Medical and sanitary report of the native army of Bengal for the year
Year: 1875
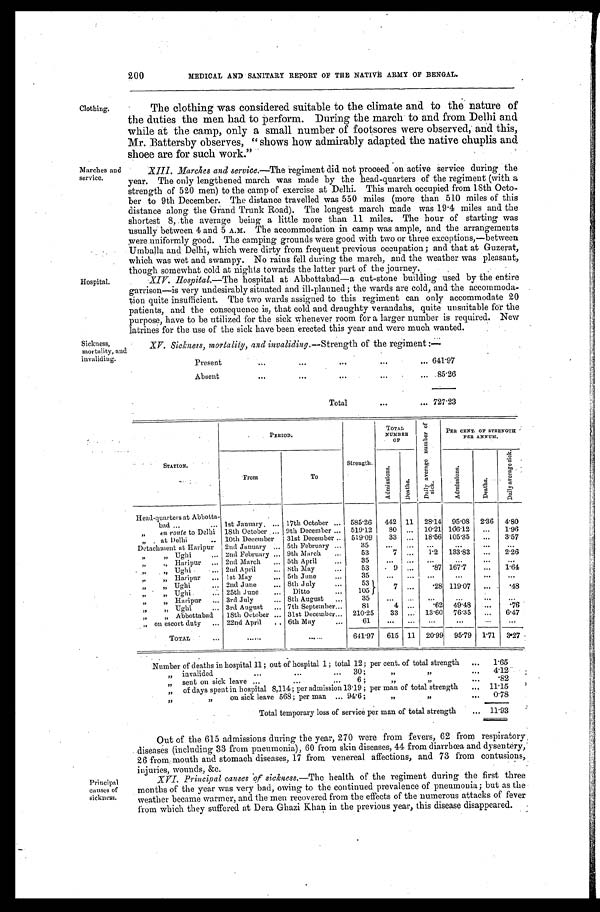
XV. Sickness, mortality, and invaliding.—Strength of the regiment:—
Present
641.97
Absent
85.26
Total
727.23
Sickness,
mortality, and
invaliding.
200
MEDICAL AND SANITARY REPORT OF THE NATIVE ARMY OF BENGAL.
Clothing.
Marches and
service.
Hospital
The clothing was considered suitable to the climate and to the nature of
the duties the men had to perform. During the march to and from Delhi and
while at the camp, only a small number of footsores were observed, and this,
Mr. Battersby observes, "shows how admirably adapted the native chuplis and
shoee are for such work."
X I I I . M a r c h e s a n d s e r v i c e .—
T h e r e g i m e n t d i d n o t p r o c e e d o n a c t i v e s e r v i c e d u r i n g t h e
year. The only lengthened march was made by the head-quarters of the regiment (with a
strength of 520 men) to the camp of exercise at Delhi. This march occupied from 18th Octo-
ber to 9th December. The distance travelled was 550 miles (more than 510 miles of this
distance along the Grand Trunk Road). The longest march made was 19.4 miles and the
shortest 8, the average being a little more than 11 miles. The hour of starting was
usually between 4 and 5 A.M. The accommodation in camp was ample, and the arrangements
were uniformly good. The camping grounds were good with two or three exceptions,—between
Umballa and Delhi, which were dirty from frequent previous occupation; and that at Guzerat,
which was wet and swampy. No rains fell during the march, and the weather was pleasant,
though somewhat cold at nights towards the latter part of the journey.
XIV. Hospi t al .— T h e h o s p i t a l a t A b b o t t a b a d — a c u t - s t o n e b u i l d i n g u s e d b y t h e e n t i r e
garrison—is very undesirably situated and ill-planned; the wards are cold, and the accommoda-
tion quite insufficient. The two wards assigned to this regiment can only accommodate 20
patients, and the consequence is, that cold and draughty verandahs, quite unsuitable for the
purpose, have to be utilized for the sick whenever room for a larger number is required. New
latrines for the use of the sick have been erected this year and were much wanted.
Principal
causes of
sickness.
.
STATION.
PERIOD.
Strength.
TOTAL
NUMBER
OF
D a i l y a v e r a g e n u m b e r s i c k .
PER CENT. OF STRENGTH
PER ANNUM.
From
To
A d m i s s i o n s .
D e a t h s .
A d m i s s i o n s .
Deat hs.
D a i l y a v e r a g e s i c k .
Head-quarters at Abbotta-
bad
1st January
17th October
585.26 442 11 28.14
9 5 . 0 8 2.36 4.80
" en route to Delhi 18th October
9th December
519.12
8 0 . . . 10.21
106.12 ...
1.96
" a t D e l h i 10th December 31st December
519.09
33
. . . 18.56 105.35
...
3.57
Detachment at Haripur 2nd January
5th February
35
. . .
. . .
. . .
. . .
. . .
. . .
" " Ughi
2nd February
9th March
53
7
. . .
1.2 133.83 ...
2.26
" " Haripur
2nd March
5th April
35
...
... ...
...
...
...
" " Ughi
2nd April
8th May
53
9 ...
. 8 7 167.7
...
1.64
" " Haripur
1st May
5th June
35
...
... ...
...
. . .
. . .
" " Ughi
2nd June
8th July
53
7
. . .
. 2 8 119.07 ...
.48
" " Ughi
25th June
Ditto
105
" " Haripur
3rd July
8th August
35
...
. . .
. . .
. . .
. . .
. . .
" " Ughi
3rd August
7th September
81
4 ...
. 6 2 49.48 ...
.76
" " Abbottabad 18th October
31st December
210.25
33 ... 13.60 76.35 ...
6.47
" o n e s c o r t d u t y 22nd April
6th May
6 1
. . . . . . ...
. . .
. . .
. . .
T O T A L
...... ......
641.97 615 11 20.99 95.79 1.71 3.27
umber of deaths in hospital 11; out of hospital 1; total 12; per cent. of total strength
1.65
" invalided 30; " "
4.12
" sent on sick leave 6 ; " "
. 8 2
" of days spent in hospital 8,114; per admission 13.19; per man of total strength
11.15
" " on sick leave 568; per man 94 . 6; " "
0.78
Total temporary loss of service per man of total strength
11.93
Out of the 615 admissions during the year, 270 were from fevers 62 from respiratory
diseases (including 33 from pneumonia), 60 from skin diseases, 44 from diarrhœa and dysentery,
26 from, mouth and stomach diseases, 17 from venereal affections, and 73 from contusions,
injuries wounds. &c.
XVI. Principal causes of sickness.—The health of the regiment during the first three
months of the year was very bad, owing to the continued prevalence of pneumonia; but as the
weather became warmer, and the men recovered from the effects of the numerous attacks of fever
from which they suffered at Dera Ghazi Khan in the previous year, this disease disappeared.